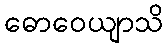
ဓောဝေယျာသိ